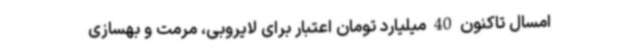
امسال تاکنون 40 میلیارد تومان اعتبار برای لایروبی، مرمت و بهسازی